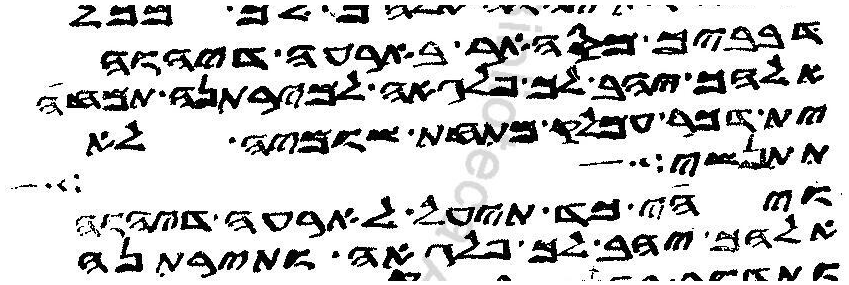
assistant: דבביך מסהאר בארעה דיהוה
אלהך יהב לך פלגאה למירתנה תמחה
ית דכר עמלק מתחת שומיה לא
תתנשי מפם
ויהי כד תיעל לארעה דיהוה
אלהך יהב לך פלגאה ותירתנה